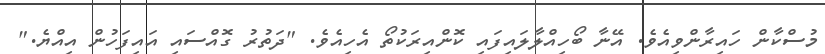
މުސްކާން ހައިރާންވިއެވެ. އޭނާ ބޯހިއްލާލައިފައި ކޮންއިރަކުތޯ އެހިއެވެ. "ދަތުރު ގޮއްސައި އައިފަހުން އިއްޔެ."